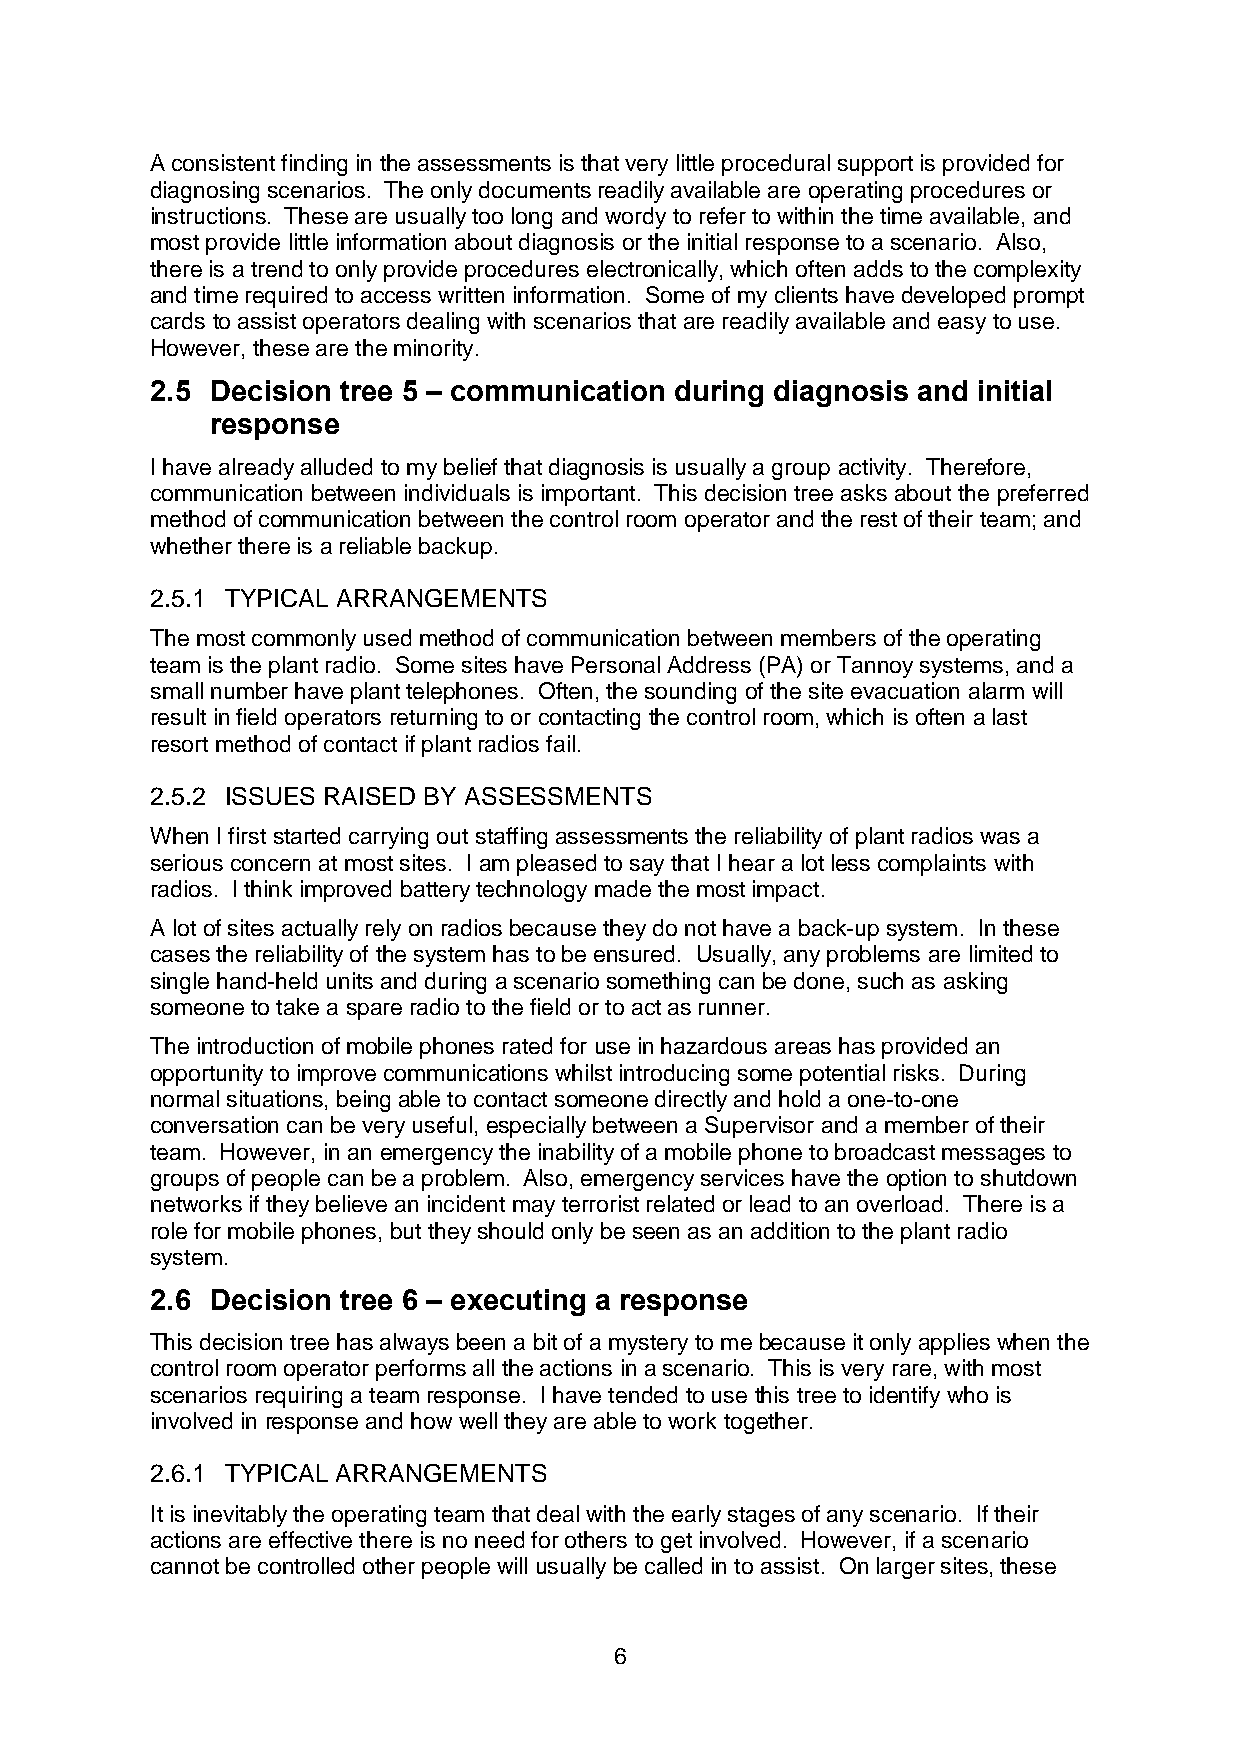
A consistent finding in the assessments is that very little procedural support is provided for
 diagnosing scenarios. The only documents readily available are operating procedures or
 instructions. These are usually too long and wordy to refer to within the time available, and
 most provide little information about diagnosis or the initial response to a scenario. Also,
 there is a trend to only provide procedures electronically, which often adds to the complexity
 and time required to access written information. Some of my clients have developed prompt
 cards to assist operators dealing with scenarios that are readily available and easy to use.
 However, these are the minority.
 2.5 Decision tree 5 – communication during diagnosis and initial
 response
 I have already alluded to my belief that diagnosis is usually a group activity. Therefore,
 communication between individuals is important. This decision tree asks about the preferred
 method of communication between the control room operator and the rest of their team; and
 whether there is a reliable backup.
 2.5.1 TYPICAL ARRANGEMENTS
 The most commonly used method of communication between members of the operating
 team is the plant radio. Some sites have Personal Address (PA) or Tannoy systems, and a
 small number have plant telephones. Often, the sounding of the site evacuation alarm will
 result in field operators returning to or contacting the control room, which is often a last
 resort method of contact if plant radios fail.
 2.5.2 ISSUES RAISED BY ASSESSMENTS
 When I first started carrying out staffing assessments the reliability of plant radios was a
 serious concern at most sites. I am pleased to say that I hear a lot less complaints with
 radios. I think improved battery technology made the most impact.
 A lot of sites actually rely on radios because they do not have a back-up system. In these
 cases the reliability of the system has to be ensured. Usually, any problems are limited to
 single hand-held units and during a scenario something can be done, such as asking
 someone to take a spare radio to the field or to act as runner.
 The introduction of mobile phones rated for use in hazardous areas has provided an
 opportunity to improve communications whilst introducing some potential risks. During
 normal situations, being able to contact someone directly and hold a one-to-one
 conversation can be very useful, especially between a Supervisor and a member of their
 team. However, in an emergency the inability of a mobile phone to broadcast messages to
 groups of people can be a problem. Also, emergency services have the option to shutdown
 networks if they believe an incident may terrorist related or lead to an overload. There is a
 role for mobile phones, but they should only be seen as an addition to the plant radio
 system.
 2.6 Decision tree 6 – executing a response
 This decision tree has always been a bit of a mystery to me because it only applies when the
 control room operator performs all the actions in a scenario. This is very rare, with most
 scenarios requiring a team response. I have tended to use this tree to identify who is
 involved in response and how well they are able to work together.
 2.6.1 TYPICAL ARRANGEMENTS
 It is inevitably the operating team that deal with the early stages of any scenario. If their
 actions are effective there is no need for others to get involved. However, if a scenario
 cannot be controlled other people will usually be called in to assist. On larger sites, these
 6